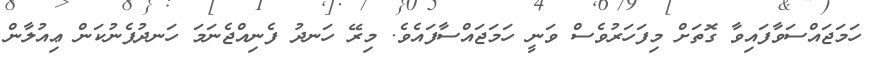
ހަމަޖައްސަވާފައިވާ ގޮތަށް މިފަހަރުވެސް ވަނީ ހަމަޖައްސާފައެވެ. މިރޭ ހަނދު ފެނިއްޖެނަމަ ހަނދުފެނުކަން ޢިއުލާން